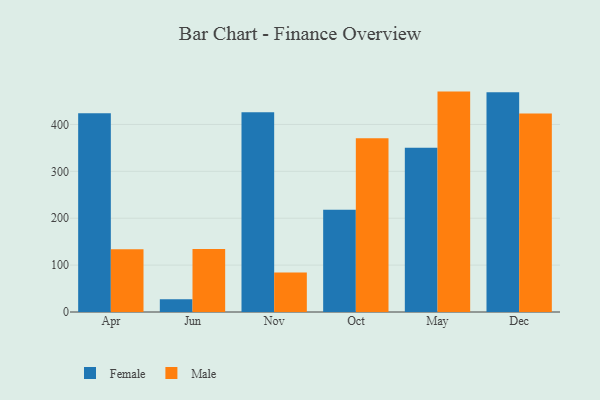
{"axis": {"x": "Month", "y": "Temperature (°C)"}, "legend": ["Female", "Male"], "data": [{"x": "Apr", "y": 423.7, "type": "Female"}, {"x": "Apr", "y": 133.9, "type": "Male"}, {"x": "Jun", "y": 27.2, "type": "Female"}, {"x": "Jun", "y": 134.4, "type": "Male"}, {"x": "Nov", "y": 426.2, "type": "Female"}, {"x": "Nov", "y": 84.1, "type": "Male"}, {"x": "Oct", "y": 218.3, "type": "Female"}, {"x": "Oct", "y": 370.5, "type": "Male"}, {"x": "May", "y": 350.5, "type": "Female"}, {"x": "May", "y": 470.1, "type": "Male"}, {"x": "Dec", "y": 468.9, "type": "Female"}, {"x": "Dec", "y": 423.2, "type": "Male"}]}